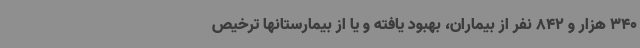
340 هزار و 842 نفر از بیماران، بهبود یافته و یا از بیمارستانها ترخیص